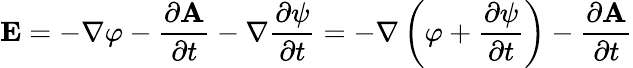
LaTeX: {\mathbf{E}}=-\nabla\varphi-{\frac{\partial{\mathbf{A}}}{\partial t}}-\nabla{\frac{\partial{\psi}}{\partial t}}=-\nabla\left(\varphi+{\frac{\partial{\psi}}{\partial t}}\right)-{\frac{\partial{\mathbf{A}}}{\partial t}}